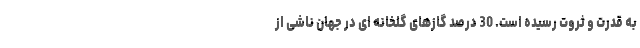
به قدرت و ثروت رسیده است. 30 درصد گازهای گلخانه ­ای در جهان ناشی از